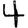
Digit: 4